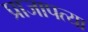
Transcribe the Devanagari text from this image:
प्राजापत्या